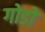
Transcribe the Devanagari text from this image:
गोडो